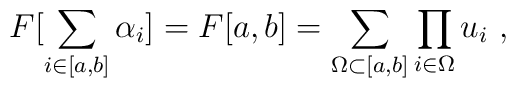
F[\sum_{i \in [a,b]} \alpha_i] = F[a,b] =\sum_{\Omega \subset [a,b]} \prod_{i \in \Omega} u_i \ ,